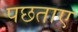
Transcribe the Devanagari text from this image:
पछताए